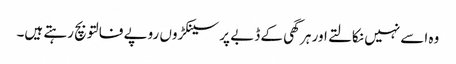
وہ اسے نہیں نکالتے اور ہر گھی کے ڈبے پر سینکڑوں روپے فالتو بچ رہتے ہیں۔